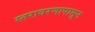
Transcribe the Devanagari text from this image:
स्तरावरणापासून